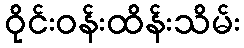
ဝိုင်းဝန်းထိန်းသိမ်း